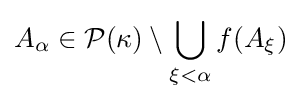
A_{\alpha }\in {\mathcal {P}}(\kappa )\setminus \bigcup _{\xi <\alpha }f(A_{\xi })